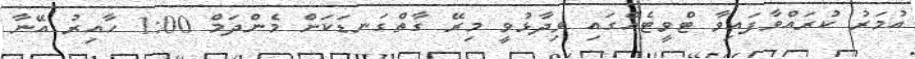
އުމަރު ކުރައްވާފައިވާ ޓްވީޓެއްގައި ވިދާޅުވީ މިރޭ ގާތްގަނޑަކަށް މެންދަމް 1:00 ހާއިރު އޭނާ